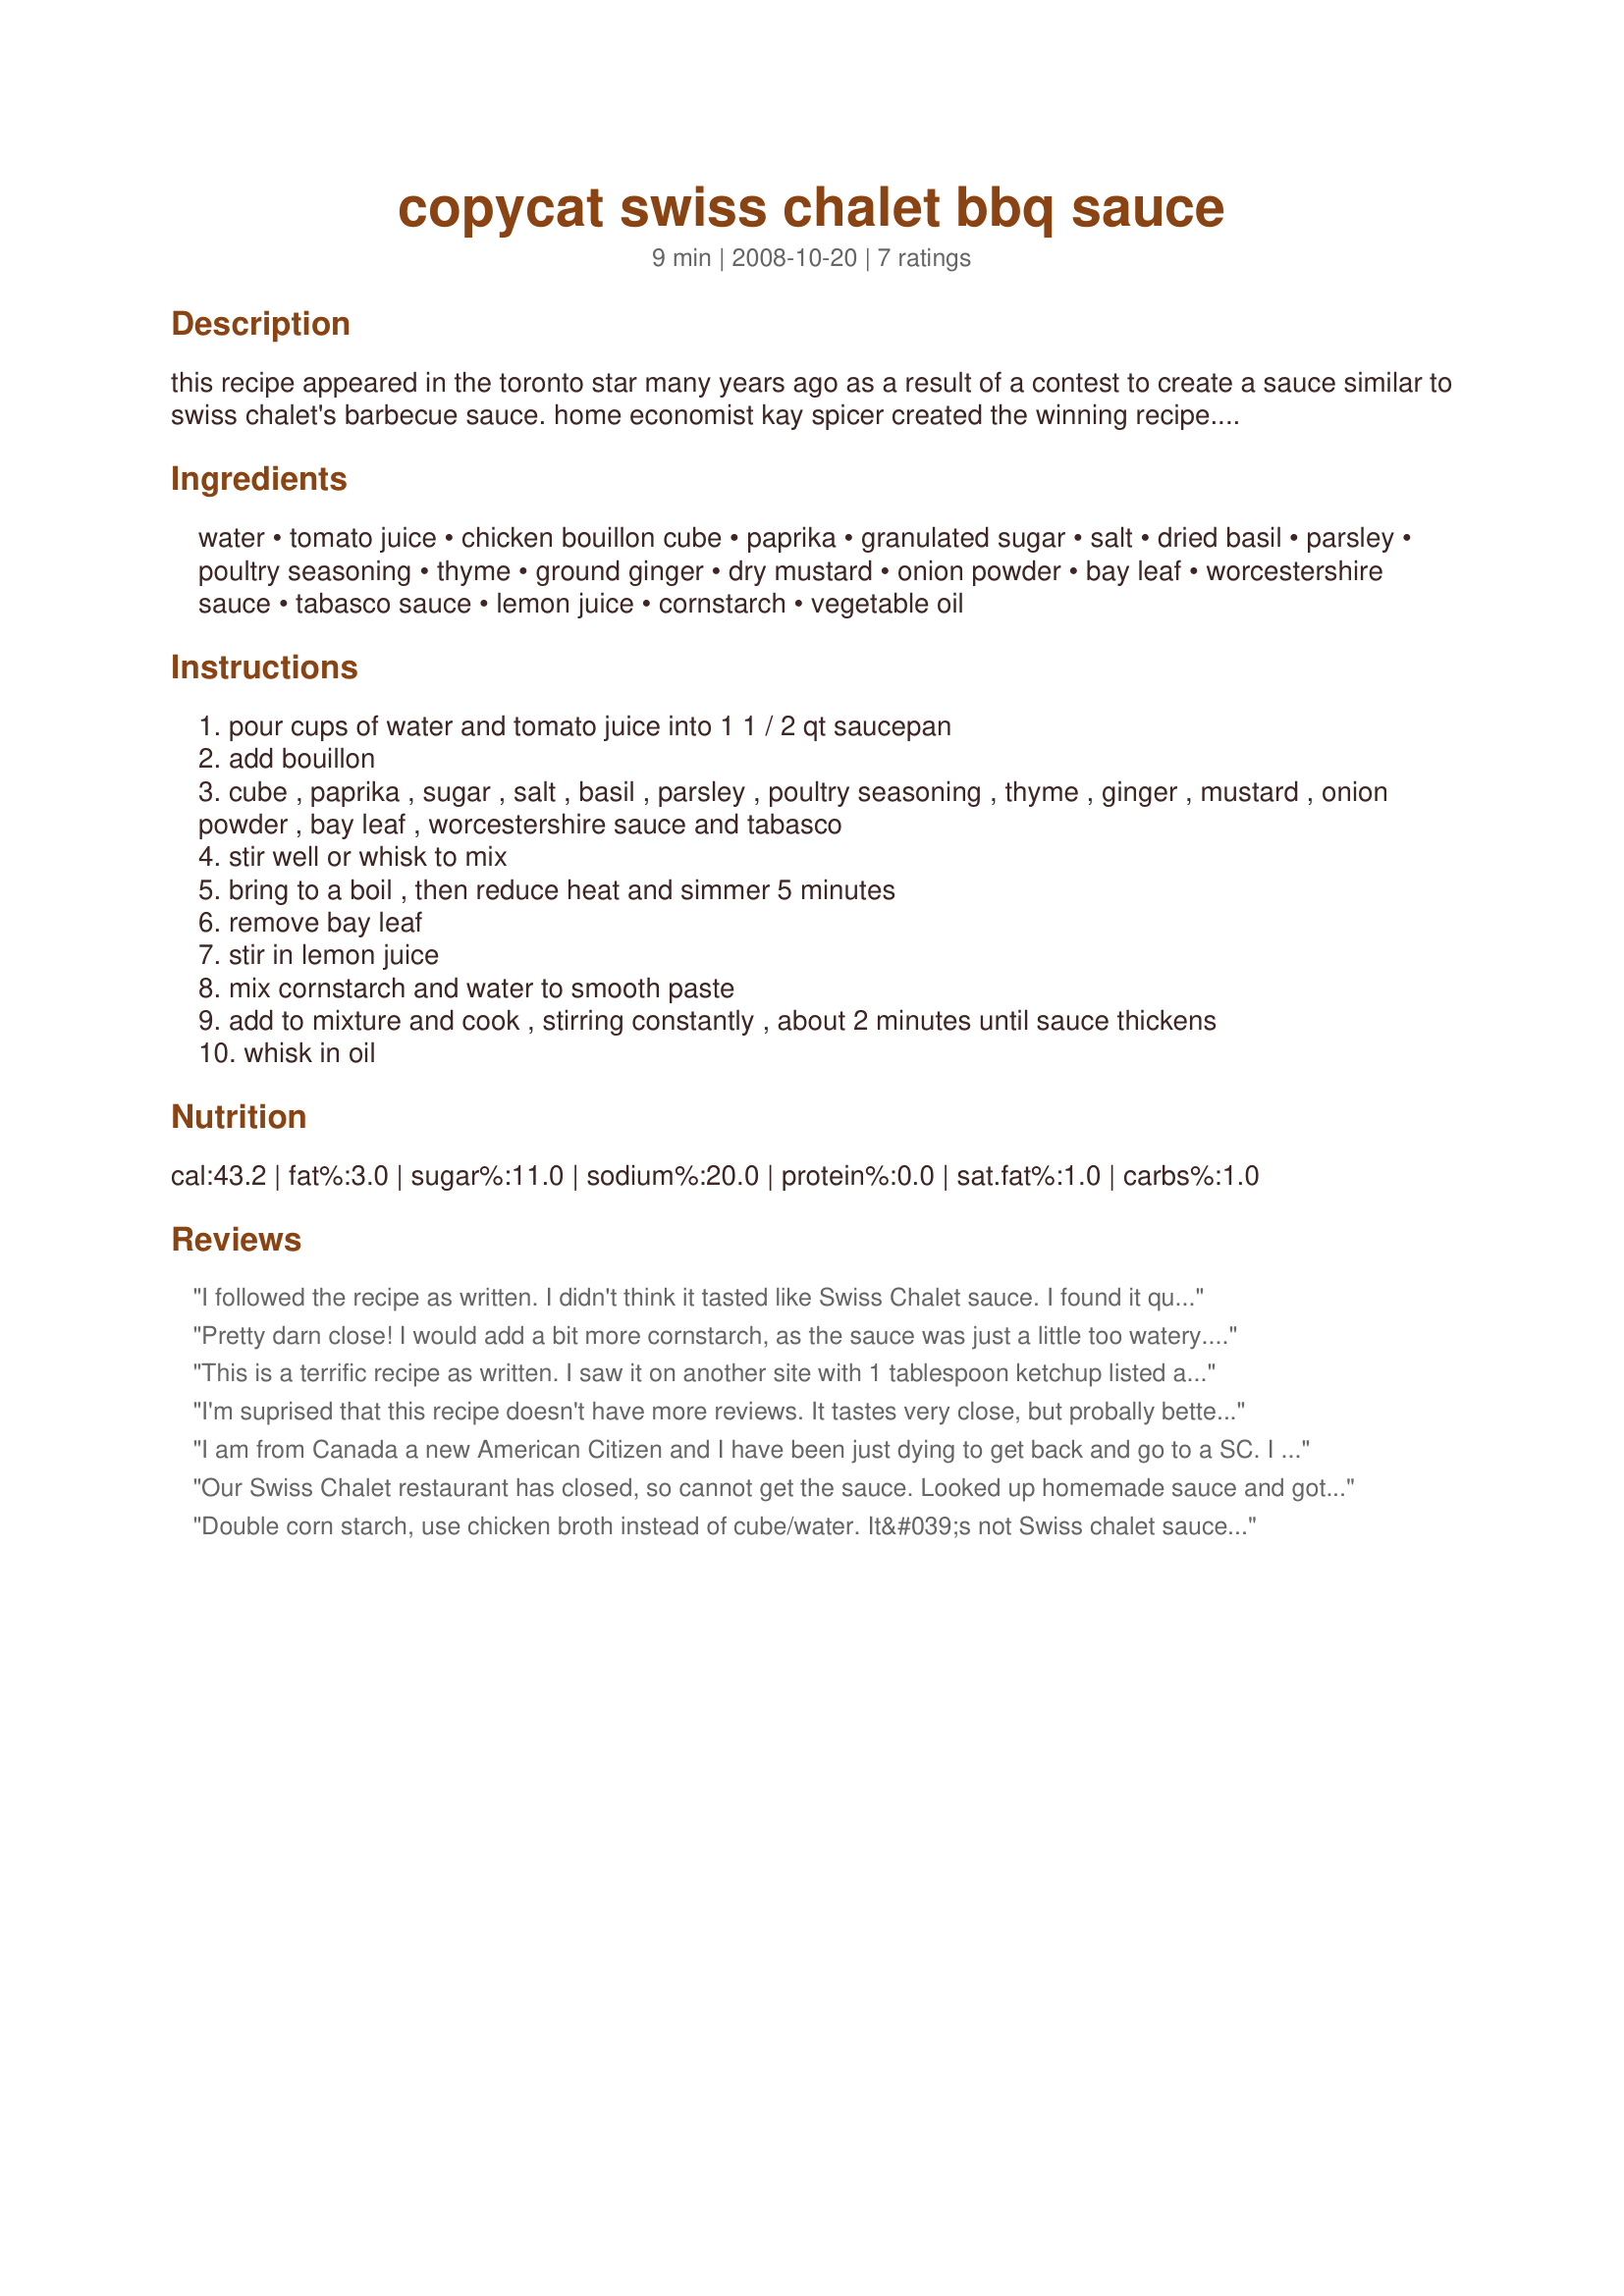
copycat swiss chalet bbq sauce
Preparation time: 9 minutes

this recipe appeared in the toronto star many years
ago as a result of a contest to create a sauce similar
to swiss chalet's barbecue sauce. home economist kay
spicer created the winning recipe.

anne's note: swiss chalet is a chain of canadian
chicken restaurants. this sauce is brushed on the
chicken before cooking and served at the table in
small containers to dip the chicken pieces in.

my note: this comes together quickly if you have all of your ingredients ready and at-hand. divide the sauce...use at least 1 cup for basting (rotisserie method is best) and the rest for dipping. this is as close the real thing as you can get.

saving to 'zaar for safe-keeping. enjoy!

Ingredients:
water, tomato juice, chicken bouillon cube, paprika, granulated sugar, salt, dried basil, parsley, poultry seasoning, thyme, ground ginger, dry mustard, onion powder, bay leaf, worcestershire sauce, tabasco sauce, lemon juice, cornstarch, vegetable oil

Steps:
pour cups of water and tomato juice into 1 1 / 2 qt saucepan
add bouillon
cube , paprika , sugar , salt , basil , parsley , poultry seasoning , thyme , ginger , mustard , onion powder , bay leaf , worcestershire sauce and tabasco
stir well or whisk to mix
bring to a boil , then reduce heat and simmer 5 minutes
remove bay leaf
stir in lemon juice
mix cornstarch and water to smooth paste
add to mixture and cook , stirring constantly , about 2 minutes until sauce thickens
whisk in oil

Reviews:
I followed the recipe as written. I didn't think it tasted like Swiss Chalet sauce. I found it quite bland. I would not make it again. Sorry...it may just be me as others seemed to like it.
Pretty darn close! I would add a bit more cornstarch, as the sauce was just a little too watery.

Thanks for the share!
This is a terrific recipe as written. I saw it on another site with 1 tablespoon ketchup listed as a substitution for the tomato juice, and I used this instead since I did not have tomato juice on hand. I also read the ingredients on the Swiss Chalet packets last time I ordered them from amazon, and saw it included chicken fat. So this time, I rendered the chicken fat that comes attached to the cavity of the chicken by removing it and cooking it on low heat until it melted. I added 2 (scant) tablespoons of the fat instead of the vegetable oil and let it simmer for about 20 minutes to really let the flavors meld. This tasted as close as close to the original as I have ever tried. Thanks for posting such a great recipe!
I'm suprised that this recipe doesn't have more reviews. It tastes very close, but probally better because it's home made. I heard that Swiss Chalet mixes this sauce up in 5 gallon buckets...I doubled the cornstarch as well for a thicker sauce. Thanks!
I am from Canada a new American Citizen and I have been just dying to get back and go to a SC. I found this recipe and ...keep in mind I am extremely picky... I loved this sauce. I do not add the oil because I frankly do not see the need to add the empty calories when it tastes just marvelous without it. Follow measurements exactly. I make 9 cups of this stuff for my family of 7 lol.<br/>Another thing I have found from trial and error, mix your cornstarch separately and then add slowly. Make double what it says because it needs more but you can decide as you go and it thickens where you want it to be...so its much easier that way.<br/>Enjoy...its a taste of home and warms my heart!
Our Swiss Chalet restaurant has closed, so cannot get the sauce. Looked up homemade sauce and got yours. Excellent!! I had to go buy the Tabasco sauce, but otherwise had every thing on hand. Left out the oil, and had to use more thickening. Maybe the oil helps it thicken?? This will be used with the store bought already cooked Lemon Pepper chickens. With oven fries and a salad. Yum!
Double corn starch, use chicken broth instead of cube/water. It&#039;s not Swiss chalet sauce but very good in its own right. This recipe needs more ratings it&#039;s great on a whole chicken or rack of ribs.
